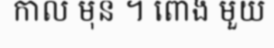
កាល មុន ។ ពោង មួយ